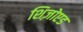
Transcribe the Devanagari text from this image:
शिज़ोएड